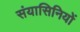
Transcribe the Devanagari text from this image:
संयासिनियों